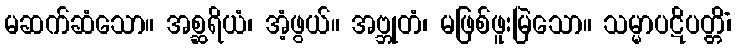
မဆက်ဆံသော။ အစ္ဆရိယံ၊ အံ့ဖွယ်။ အဗ္ဘုတံ၊ မဖြစ်ဖူးမြဲသော။ သမ္မာပဋိပတ္တိံ၊